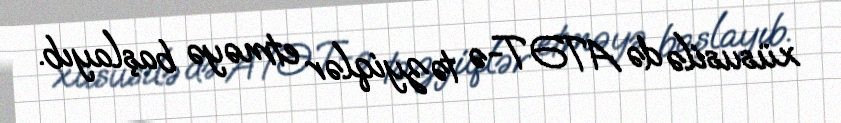
xüsusilə də ATƏT-ə təzyiqlər etməyə başlayıb.